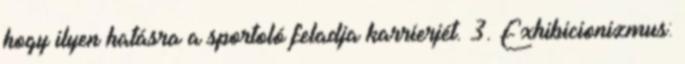
hogy ilyen hatásra a sportoló feladja karrierjét. 3. Exhibicionizmus: